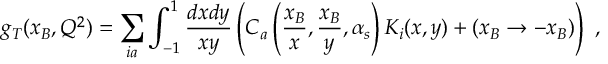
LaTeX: g _ { T } ( x _ { B } , Q ^ { 2 } ) = \sum _ { i a } \int _ { - 1 } ^ { 1 } { \frac { d x d y } { x y } } \left( C _ { a } \left( { \frac { x _ { B } } { x } } , { \frac { x _ { B } } { y } } , \alpha _ { s } \right) K _ { i } ( x , y ) + ( x _ { B } \rightarrow - x _ { B } ) \right) \ ,